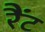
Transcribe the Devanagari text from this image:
रैंट